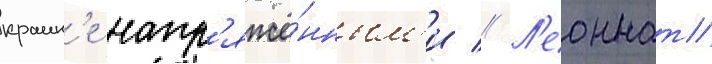
краин'е напр'яжё́нным'и // Л'еоннат